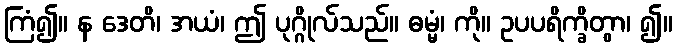
ကြံ၍။ န ဒေတိ၊ အယံ၊ ဤ ပုဂ္ဂိုလ်သည်။ ဓမ္မံ၊ ကို။ ဥပပရိက္ခိတွာ၊ ၍။